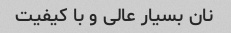
نان بسیار عالی و با کیفیت